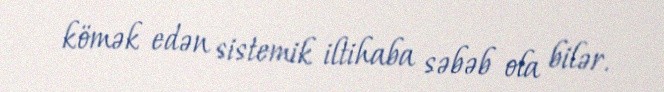
kömək edən sistemik iltihaba səbəb ola bilər.